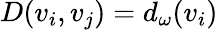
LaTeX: D(v_{i},v_{j})=d_{\omega}(v_{i})